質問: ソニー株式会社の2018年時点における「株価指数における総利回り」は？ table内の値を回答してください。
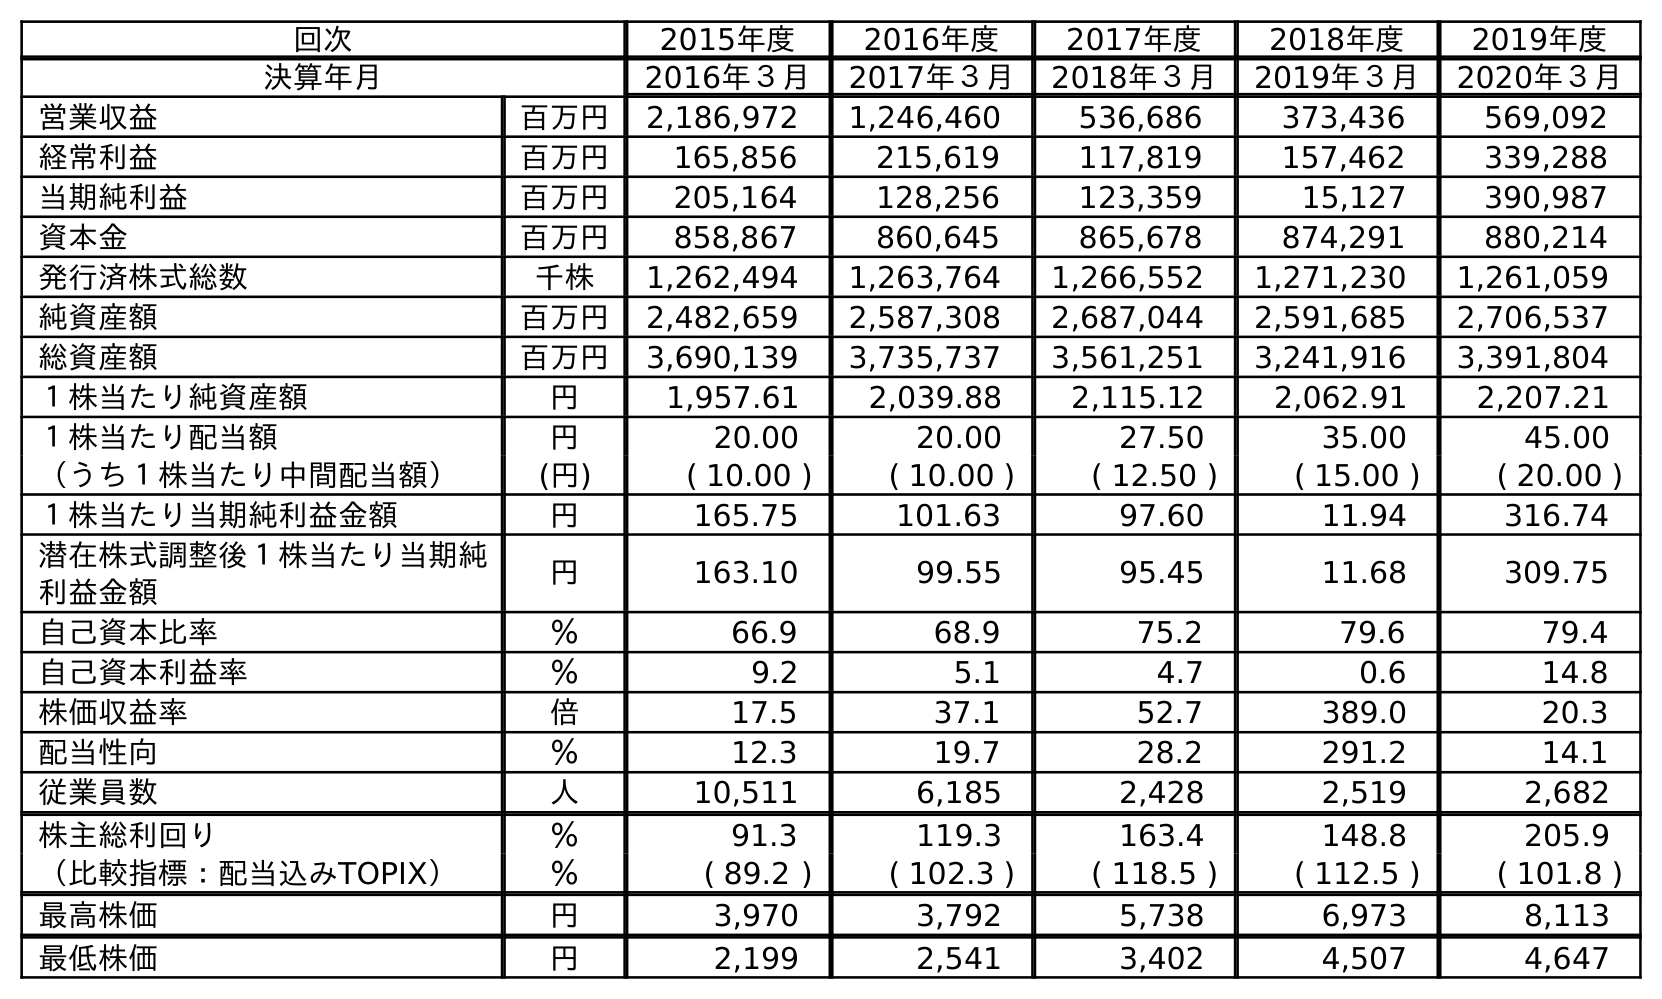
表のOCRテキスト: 回次 2015年度 2016年度 2017年度 2018年度 2019年度 決算年月 2016年３月 2017年３月 2018年３月 2019年３月 2020年３月 営業収益 百万円 2,186,972 1,246,460 536,686 373,436 569,092 経常利益 百万円 165,856 215,619 117,819 157,462 339,288 当期純利益 百万円 205,164 128,256 123,359 15,127 390,987 資本金 百万円 858,867 860,645 865,678 874,291 880,214 発行済株式総数 千株 1,262,494 1,263,764 1,266,552 1,271,230 1,261,059 純資産額 百万円 2,482,659 2,587,308 2,687,044 2,591,685 2,706,537 総資産額 百万円 3,690,139 3,735,737 3,561,251 3,241,916 3,391,804 １株当たり純資産額 円 1,957.61 2,039.88 2,115.12 2,062.91 2,207.21 １株当たり配当額 円 20.00 20.00 27.50 35.00 45.00 （うち１株当たり中間配当額） (円) ( 10.00 ) ( 10.00 ) ( 12.50 ) ( 15.00 ) ( 20.00 ) １株当たり当期純利益金額 円 165.75 101.63 97.60 11.94 316.74 潜在株式調整後１株当たり当期純 利益金額 円 163.10 99.55 95.45 11.68 309.75 自己資本比率 ％ 66.9 68.9 75.2 79.6 79.4 自己資本利益率 ％ 9.2 5.1 4.7 0.6 14.8 株価収益率 倍 17.5 37.1 52.7 389.0 20.3 配当性向 ％ 12.3 19.7 28.2 291.2 14.1 従業員数 人 10,511 6,185 2,428 2,519 2,682 株主総利回り ％ 91.3 119.3 163.4 148.8 205.9 （比較指標：配当込みTOPIX） ％ ( 89.2 ) ( 102.3 ) ( 118.5 ) ( 112.5 ) ( 101.8 ) 最高株価 円 3,970 3,792 5,738 6,973 8,113 最低株価 円 2,199 2,541 3,402 4,507 4,647
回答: (118.5)